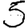
Digit: 5